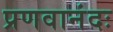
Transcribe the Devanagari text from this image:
प्रणवानंदः